Leaving Certificate Examination, 1912
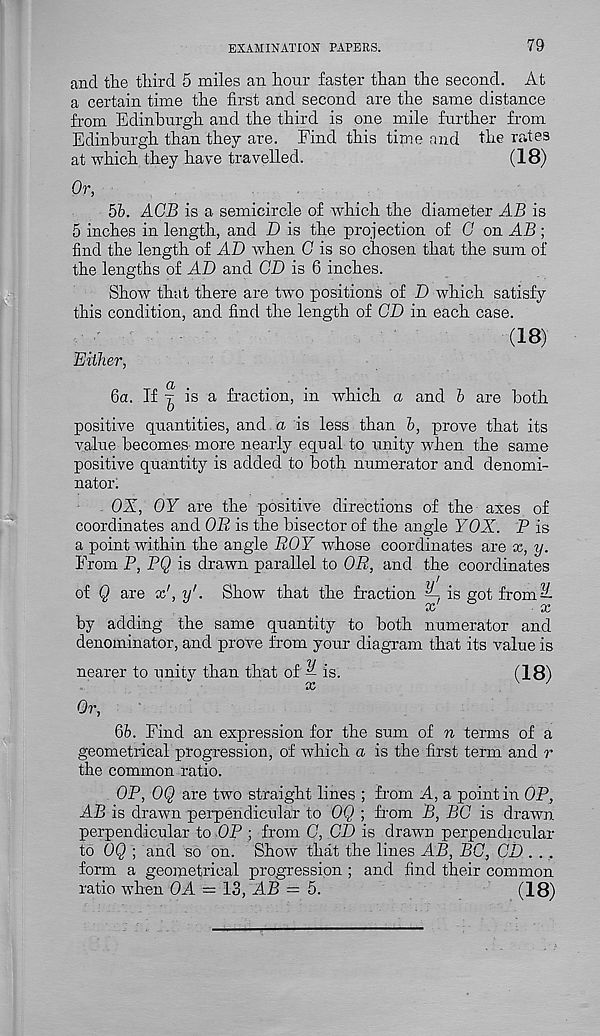
EXAMINATION PAPERS.
79
and the third 5 miles an hour faster than the second. At
a certain time the first and second are the same distance
from Edinburgh and the third is one mile further from
Edinburgh than they are. Find this time and the rates
at which they have travelled.
(18)
Or,
5b. ACB is a semicircle of Avhich the diameter AB is
5 inches in length, and D is the projection of G on AB;
find the length of AD when G is so chosen that the sum of
the lengths of AD and GD is 6 inches.
Show that there are two positions of D which satisfy
this condition, and find the length of GD in each case.
(18)
Either,
ба. If ^ is a fraction, in which a and b are both
positive quantities, and a is less than b, prove that its
value becomes more nearly equal to unity -when the same
positive quantity is added to both numerator and denomi-
nator.
OX, OY are the positive directions of the axes of
coordinates and OR is the bisector of the angle YOX. P is
a point within the angle ROY whose coordinates are x, y.
From P, PQ is drawn parallel to OR, and the coordinates
of Q are x', y'. Show that the fraction —, is got from^-
x
x
by adding the same quantity to both numerator and
denominator, and prove from your diagram that its value is
nearer to unitv than that of ^ is.
(18)
x
7
Or,
бб. Find an expression for the sum of n terms of a
geometrical progression, of which a is the first term and r
the common ratio.
OP, OQ are two straight lines ; from A, a point in OP,
AB is drawn perpendicular to OQ ; from B, BG is drawn
perpendicular to OP ; from G, CD is drawn perpendicular
to OQ ; and so on. Show that the lines AB, BG, GD . . .
form a geometrical progression ; and find their common
ratio -when OA = 13, AB = 5.
(18)